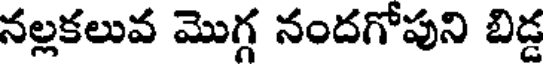
నల్లకలువ మొగ్గ నందగోపుని బిడ్డ